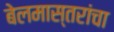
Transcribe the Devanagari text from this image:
बेलमास्तरांचा